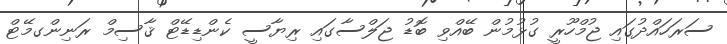
ސަރަހައްދުގައި ޖުމްހޫރީ ގުޅުމުން ބޭއްވި ބޮޑު ޖަލްސާގައި ރިޔާސީ ކެންޑިޑޭޓް ޤާސިމް ރަނިންގމޭޓް